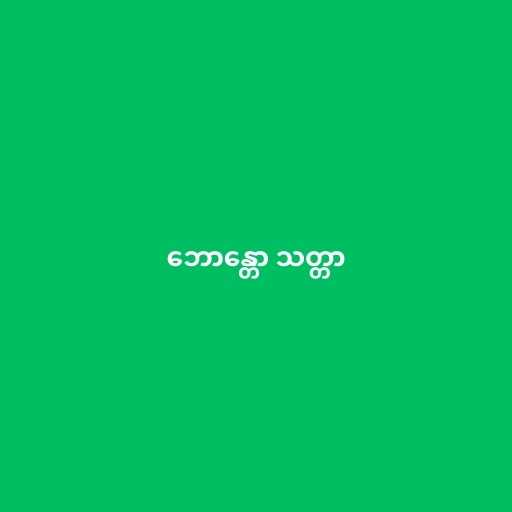
ဘောန္တော သတ္တာ